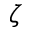
\zeta